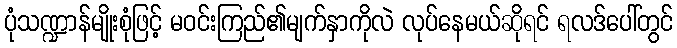
ပုံသဏ္ဍာန်မျိုးစုံဖြင့် မဝင်းကြည်၏မျက်နှာကိုလဲ လုပ်နေမယ်ဆိုရင် ရလဒ်ပေါ်တွင်